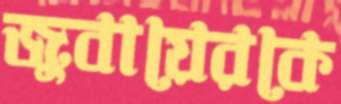
জুবায়েরকে